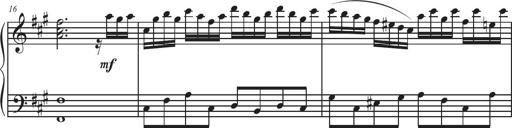
Title: Sonatina Espania
Composer: Jerald Franklin Archer
Key: Various